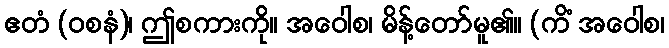
ဧတံ (ဝစနံ)၊ ဤစကားကို။ အဝေါစ၊ မိန့်တော်မူ၏။ (ကိံ အဝေါစ၊